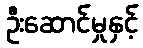
ဦးဆောင်မှုနှင့်